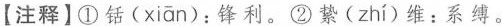
【注释】①铦( xian )：锋利。②絷( zhi )维：系缚。